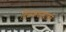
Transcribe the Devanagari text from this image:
टिळकवाड्यातले